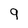
Character: 9